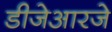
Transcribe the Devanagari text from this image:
डीजेआरजे